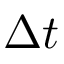
\Delta t